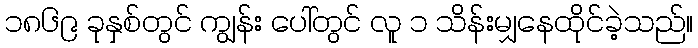
၁၈၆၉ ခုနှစ်တွင် ကျွန်း ပေါ်တွင် လူ ၁ သိန်းမျှနေထိုင်ခဲ့သည်။